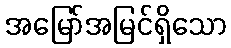
အမြော်အမြင်ရှိသော